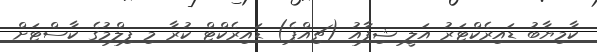
ކާމިޔާބު ޑައިރެކްޓަރު އަލީ ޝިފާއު (ޗިއްޕެ) ޑައިރެކްޓް ކުރާ މި ފިލްމުގެ ކާސްޓަށް